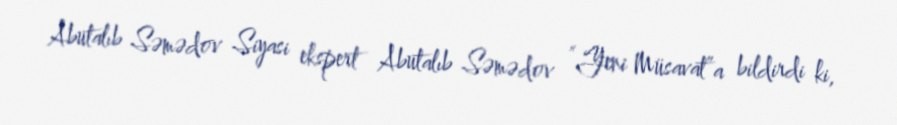
Abutalıb Səmədov Siyasi ekspert Abutalıb Səmədov “Yeni Müsavat”a bildirdi ki,